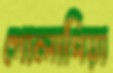
গোলাপিয়া